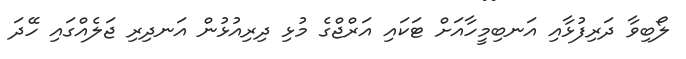
ލޯބިވާ ދަރިފުޅާއި އަނބިމީހާއަށް ޓަކައި އަރްޖްގެ މުޅި ދިރިއުޅުން އަނދިރި ޖަލެއްގައި ހޭދަ